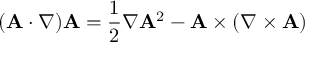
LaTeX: ( \mathbf { A } \cdot \nabla ) \mathbf { A } = { \frac { 1 } { 2 } } \nabla \mathbf { A } ^ { 2 } - \mathbf { A } \times ( \nabla \times \mathbf { A } )